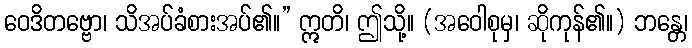
ဝေဒိတဗ္ဗော၊ သိအပ်ခံစားအပ်၏။” ဣတိ၊ ဤသို့။ (အဝေါစုမှ၊ ဆိုကုန်၏။) ဘန္တေ၊